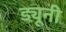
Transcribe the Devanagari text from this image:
ड्यूनी